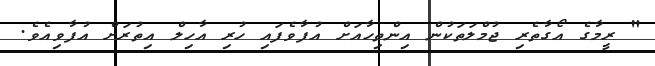
" ރީމާގެ އޯގާތެރި ޖުމްލަތަކުން އިންތިހާއަށް އުފާވެފައި ހުރި އާހިލް އިތުރަށް އުފާވިއެވެ.